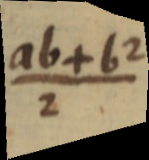
ab+b²/2